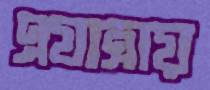
এযাত্রায়